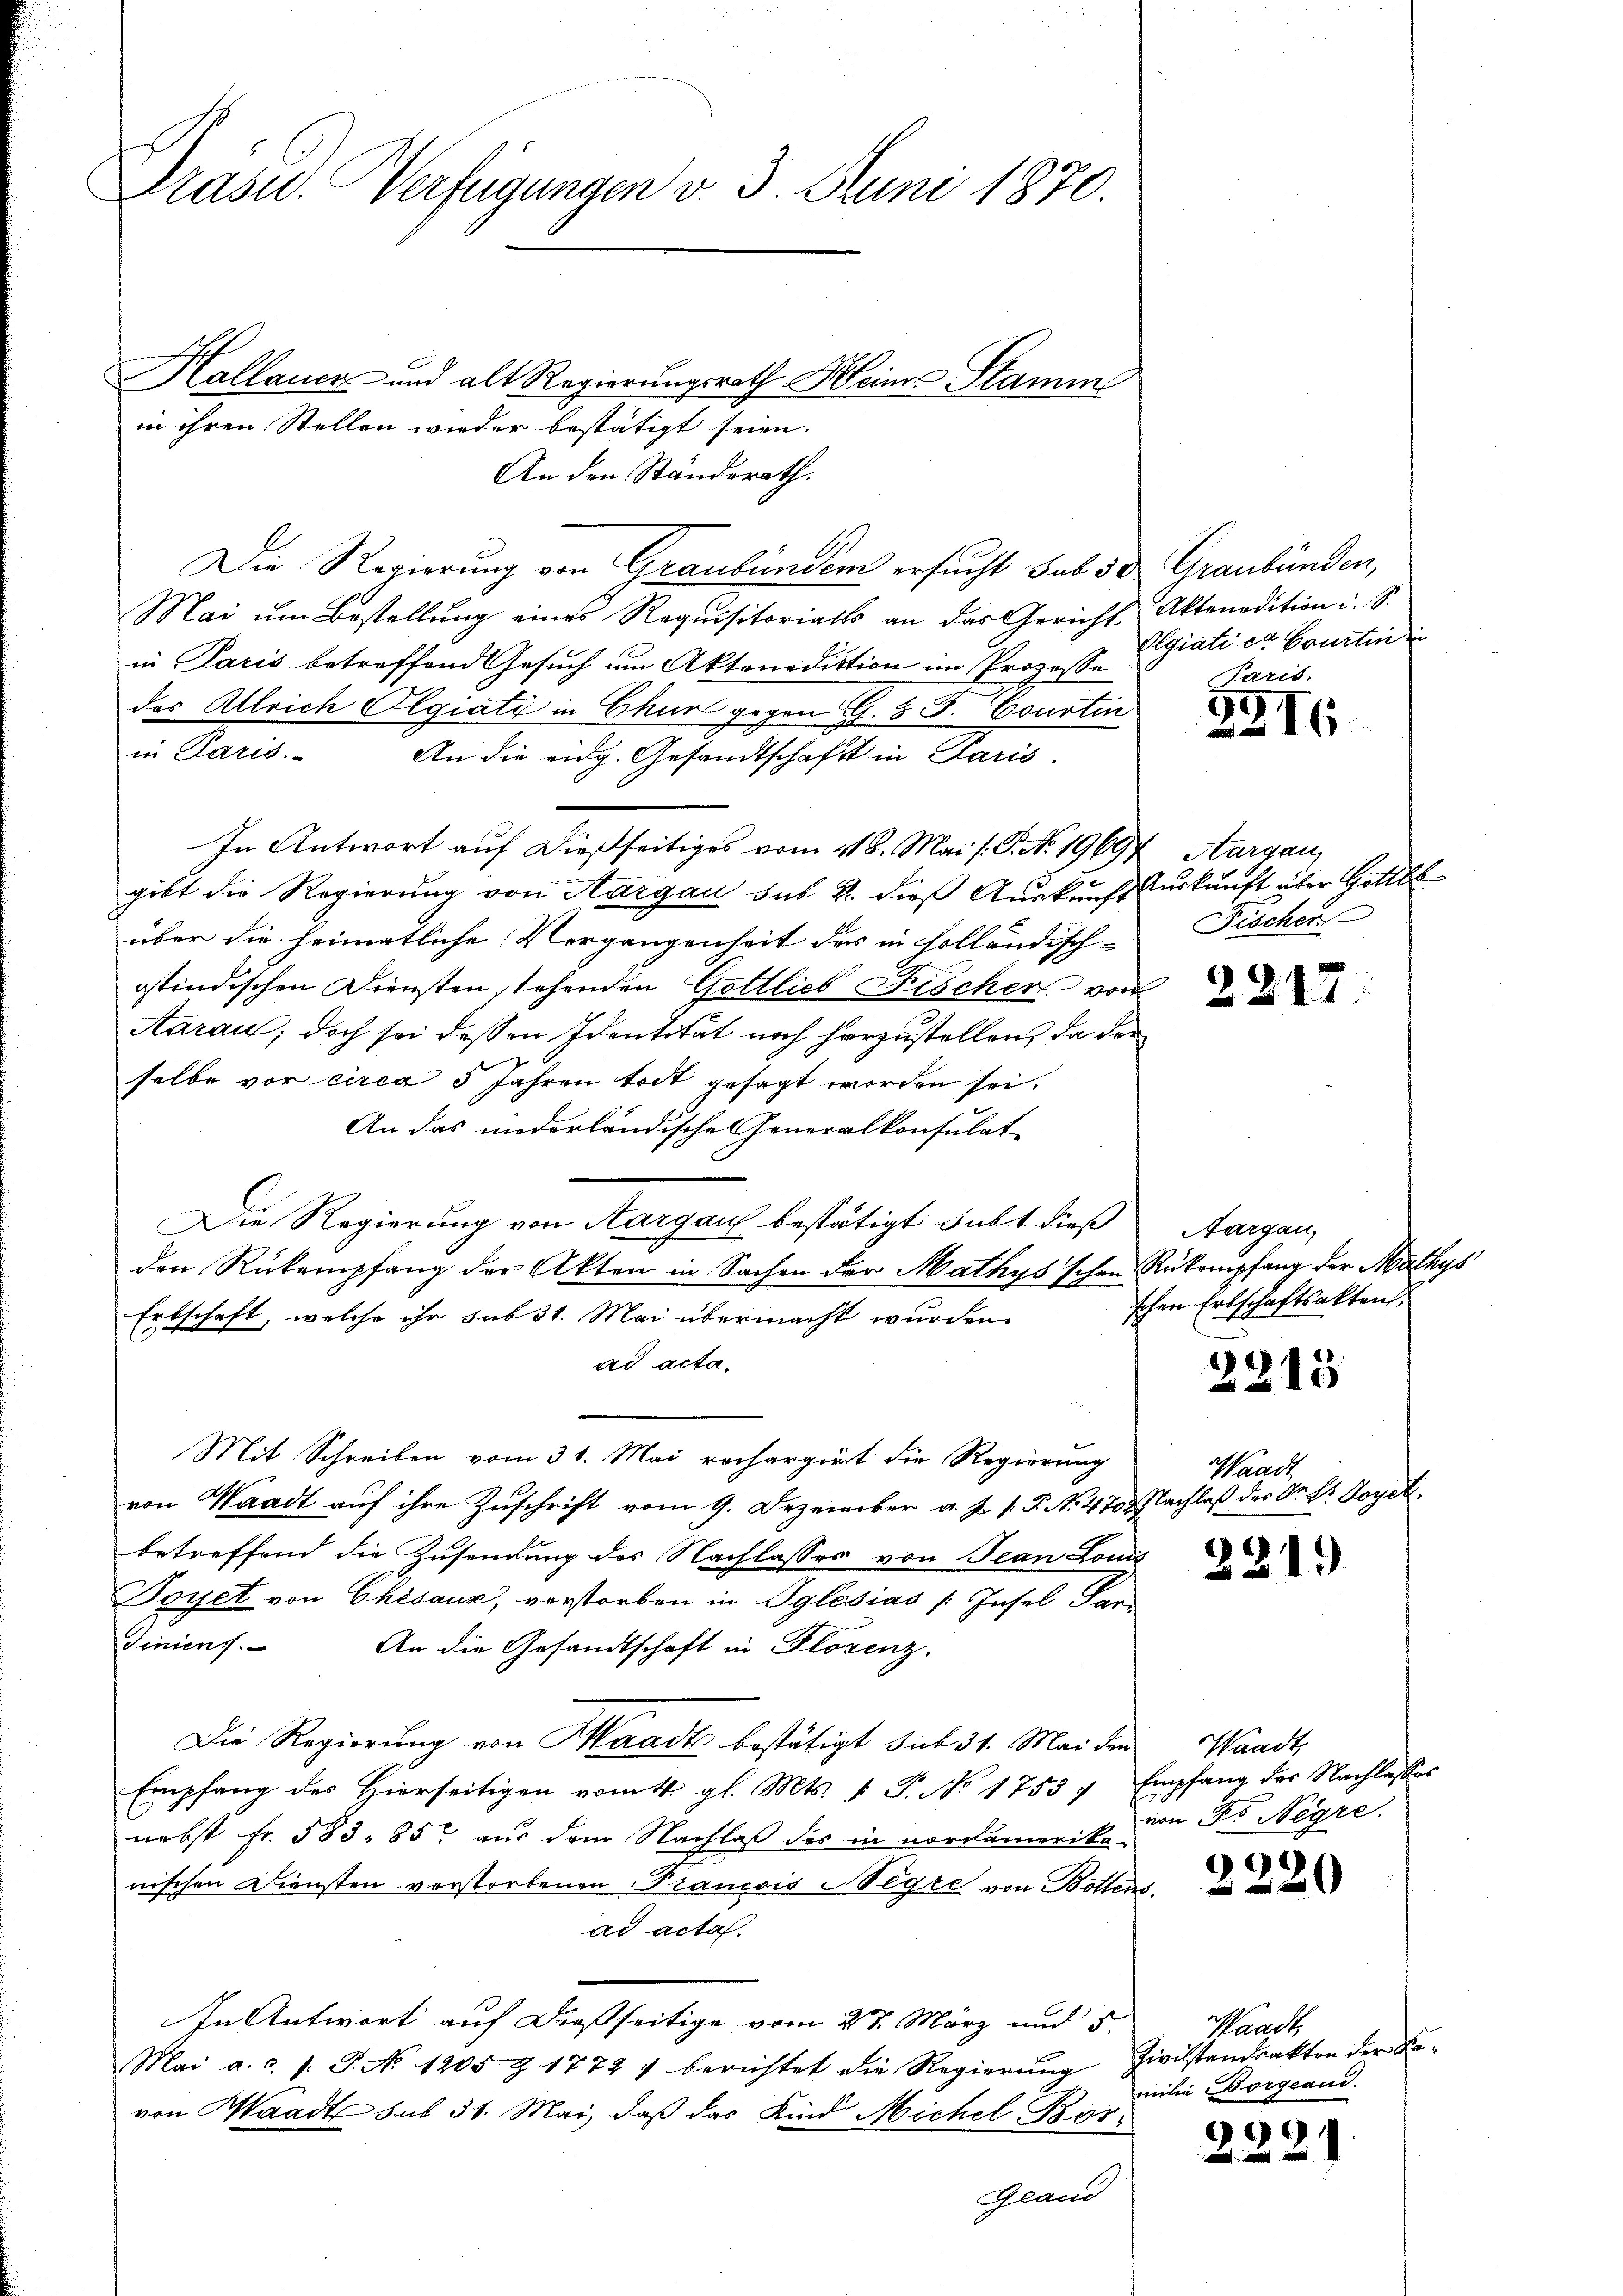
Präsid.. Verfügungen v. 3. Juni 1870.

Kallauer und alt Regierungsrath Heiner Stamm
in ihren Stellen wieder bestätigt seien. |
An den Ständerath.
Die Regierung von Graubünden ersucht sub 30 Graubünden,
Mai um Bestellung eines Requisitorialls an das Gericht
in Paris betreffend Gesuch um Aktenediktion im Prozesse
des Alleich Olgiati in Chur gegen G. 5 J. Courtin
in Paris.
An die eidg. Gesandtschaft in Paris.
In Antwort auf dießseitiges vom 218. Mai /: P. No. 1969
gibt die Regierung von Aargau sub 2. dieß Auskunft Auskunft über Gottel
über die heimatliche Vergangenheit des in holländisch-
otindischen Diensten stehenden Gottlieb Fischer von
Aarau; doch sei dessen Identität noch herzustellen, da der
selbe vor circa 5 Jahren todt gesagt worden sei.
An das niederländische Generalkonsulat
Die Regierung von Aargau bestätigt habt dieß
den Rükempfang der Akten in Sachen der Mathys'schen Rükempfang der Mathys
Erbschaft, welche ihr sub 31. Mai übermacht wurden.
ad acta,
Mit Schreiben vom 31. Mai rechargirt die Regierung
von Waadt auf ihre Zuschrift vom 9. Dezember a. f. 1. P. Nr. 4702. Nachlaß des Dr. Dr. Joyetbetreffend die Zusendung des Nachlasses von Jean Louis
Doyet von Chésaux, vorstorben in Pylesias /: Insel Par
e
Tiniens.
An die Gesandtschaft in Florenz.
Die Regierung von Waadt bestätigt sub 31. Mai den
Empfang des Hierseitigen vom 14. gl. Mts. v. P. No 1753 7 Empfang der Nachlasses
nebst Fr. 583, 85 aus dem Nachlaß des in nordamerika-
nischen Diensten verstorbenen Francois Wegre von Bottens
ad acta.
In Antwort auf dießseitige vom 2t März und 5.
Mai a.c. s. S. No 1205 Z 1772) berichtet die Regierung
von Waadt bis 31. Mai, daß das Kind Michel Bos¬
Grand

Aktenedition i. S.
Olgiatier Courten in

Hargau,
Fischer

Paris.
2216

2217

Aargau,
schen Erbschaftsakten

2218

Waadt

221

Waadt,
von Fr. Negre

2220

Prach
Zivilstandsakten der Remilie Borgeand.

222.

1